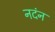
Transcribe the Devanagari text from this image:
नदंन